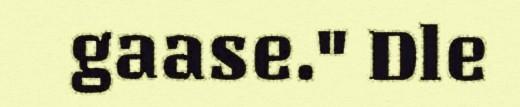
gaase." Dle